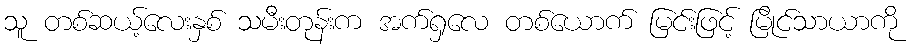
သူ တစ်ဆယ့်လေးနှစ် သမီးတုန်းက အက်ရှလေ တစ်ယောက် မြင်းဖြင့် မြိုင်သာယာကို